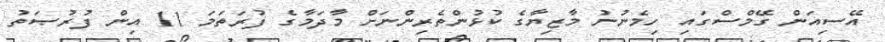
އޭސިއަން ގޭމްސްގައި ހިމެނުނު މާޒިޔާގެ ކުޅުންތެރިންނަށް މާދަމާގެ ފުރަތަމަ 11 އިން ފުރުޞަތު